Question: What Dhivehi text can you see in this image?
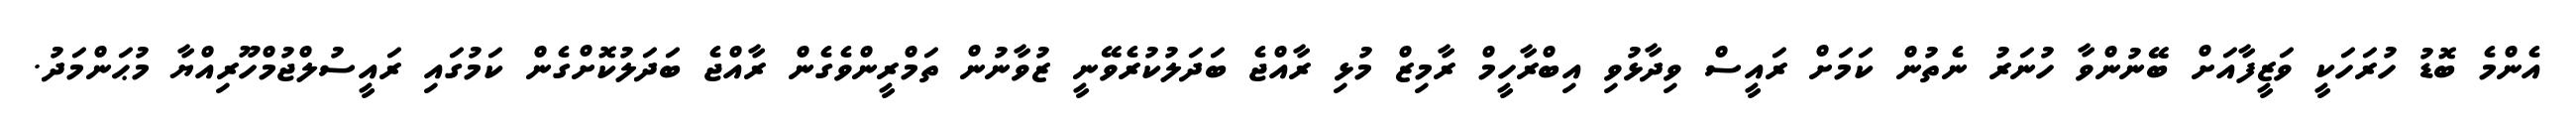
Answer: އެންމެ ބޮޑު ހުރަހަކީ ވަޒީފާއަށް ބޭނުންވާ ހުނަރު ނެތުން ކަމަށް ރައީސް ވިދާޅުވި އިބްރާހީމް ރާމިޒް މުޅި ރާއްޖެ ބަދަލުކުރެވޭނީ ޒުވާނުން ތަމްރީންވެގެން ރާއްޖެ ބަދަލުކޮށްގެން ކަމުގައި ރައީސުލްޖުމްހޫރިއްޔާ މުޙަންމަދު.